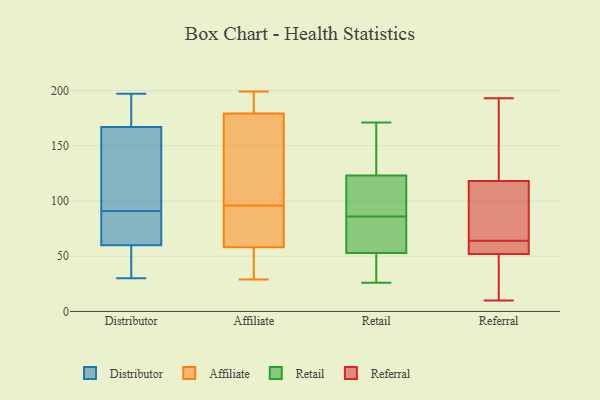
{"axis": {"x": "Conversion Rate (%)", "y": "Value"}, "legend": ["Affiliate", "Distributor", "Referral", "Retail"], "data": [{"x": "", "y": 189, "type": "Distributor"}, {"x": "", "y": 100, "type": "Distributor"}, {"x": "", "y": 197, "type": "Distributor"}, {"x": "", "y": 167, "type": "Distributor"}, {"x": "", "y": 72, "type": "Distributor"}, {"x": "", "y": 60, "type": "Distributor"}, {"x": "", "y": 125, "type": "Distributor"}, {"x": "", "y": 133, "type": "Distributor"}, {"x": "", "y": 82, "type": "Distributor"}, {"x": "", "y": 40, "type": "Distributor"}, {"x": "", "y": 30, "type": "Distributor"}, {"x": "", "y": 31, "type": "Distributor"}, {"x": "", "y": 171, "type": "Distributor"}, {"x": "", "y": 67, "type": "Distributor"}, {"x": "", "y": 185, "type": "Affiliate"}, {"x": "", "y": 40, "type": "Affiliate"}, {"x": "", "y": 96, "type": "Affiliate"}, {"x": "", "y": 194, "type": "Affiliate"}, {"x": "", "y": 81, "type": "Affiliate"}, {"x": "", "y": 29, "type": "Affiliate"}, {"x": "", "y": 52, "type": "Affiliate"}, {"x": "", "y": 76, "type": "Affiliate"}, {"x": "", "y": 199, "type": "Affiliate"}, {"x": "", "y": 162, "type": "Affiliate"}, {"x": "", "y": 122, "type": "Affiliate"}, {"x": "", "y": 171, "type": "Retail"}, {"x": "", "y": 29, "type": "Retail"}, {"x": "", "y": 26, "type": "Retail"}, {"x": "", "y": 62, "type": "Retail"}, {"x": "", "y": 97, "type": "Retail"}, {"x": "", "y": 75, "type": "Retail"}, {"x": "", "y": 53, "type": "Retail"}, {"x": "", "y": 123, "type": "Retail"}, {"x": "", "y": 118, "type": "Retail"}, {"x": "", "y": 166, "type": "Retail"}, {"x": "", "y": 105, "type": "Referral"}, {"x": "", "y": 10, "type": "Referral"}, {"x": "", "y": 63, "type": "Referral"}, {"x": "", "y": 143, "type": "Referral"}, {"x": "", "y": 181, "type": "Referral"}, {"x": "", "y": 18, "type": "Referral"}, {"x": "", "y": 118, "type": "Referral"}, {"x": "", "y": 43, "type": "Referral"}, {"x": "", "y": 65, "type": "Referral"}, {"x": "", "y": 60, "type": "Referral"}, {"x": "", "y": 62, "type": "Referral"}, {"x": "", "y": 193, "type": "Referral"}, {"x": "", "y": 96, "type": "Referral"}, {"x": "", "y": 53, "type": "Referral"}, {"x": "", "y": 52, "type": "Referral"}, {"x": "", "y": 15, "type": "Referral"}, {"x": "", "y": 163, "type": "Referral"}, {"x": "", "y": 88, "type": "Referral"}]}